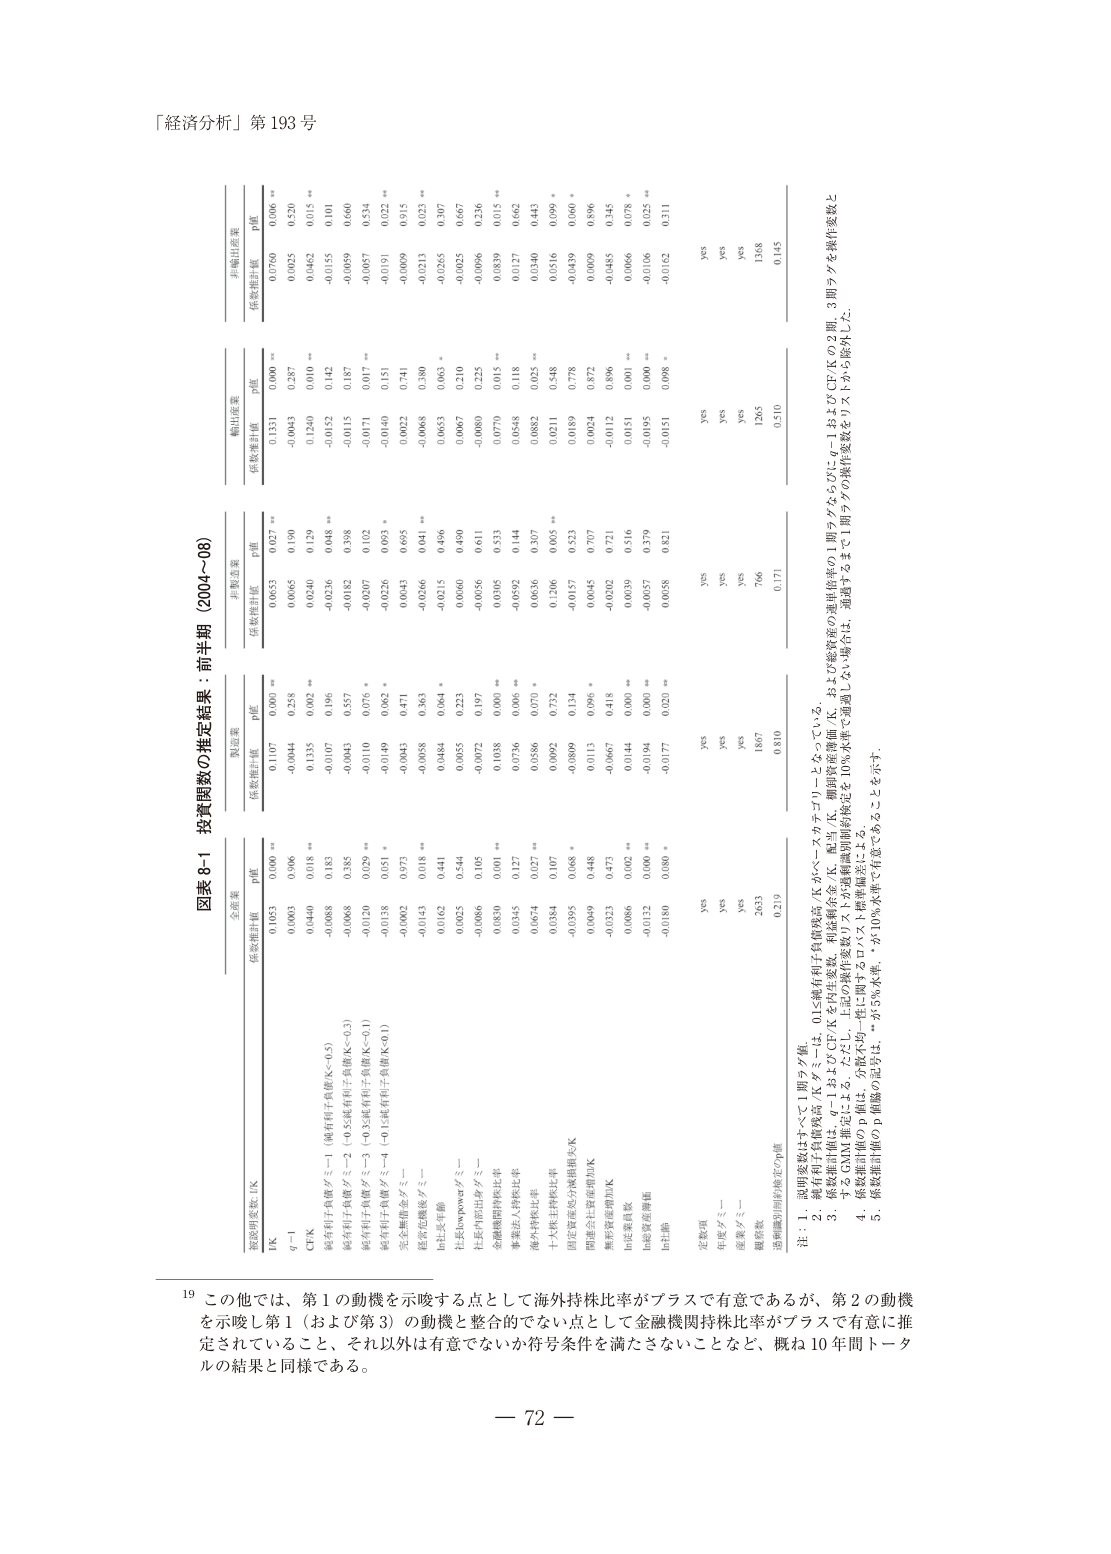
「経済分析」第 193 号

図表 8-1 投資関数の推定結果：前半期（2004～08）

被説明変数：IK

全産業
製造業
非製造業
輸出産業
非輸出産業

係数推計値 p値
係数推計値 p値
係数推計値 p値
係数推計値 p値
係数推計値 p値

IK
0.1053 0.000 **
0.1107 0.000 **
0.0653 0.027 **
0.1331 0.000 **
0.0760 0.000 **

q－1
0.0003 0.906
-0.0044 0.258
0.0065 0.190
-0.0043 0.287
0.0025 0.520

CFK
0.0440 0.018 **
0.1335 0.002 **
0.0240 0.129
0.1240 0.010
0.0462 0.015 **

純有利子負債ダミー1（純有利子負債/K<0.5）
-0.0088 0.183
-0.0107 0.196
-0.0236 0.048 **
-0.0152 0.142
-0.0155 0.101

純有利子負債ダミー2（-0.5≦純有利子負債/K<0.5）
-0.0968 0.385
-0.0043 0.557
-0.0182 0.398
-0.0115 0.187
-0.0059 0.660

純有利子負債ダミー3（-0.5≦純有利子負債/K<0.1）
-0.0120 0.029 **
-0.0110 0.076 *
-0.0207 0.102
-0.0171 0.017 **
-0.0057 0.534

純有利子負債ダミー4（-0.1≦純有利子負債/K<0.1）
-0.0138 0.051 *
-0.0149 0.062 *
-0.0226 0.093 *
-0.0140 0.151
-0.0191 0.022 **

完全無借金ダミー
-0.0002 0.973
-0.0043 0.471
0.0043 0.695
0.0022 0.741
-0.0009 0.915

経営危機後ダミー
-0.0143 0.018 **
-0.0058 0.363
-0.0266 0.041 **
-0.0068 0.380
-0.0213 0.023 **

ln社長年齢
0.0162 0.441
0.0484 0.064 *
-0.0215 0.496
0.0653 0.063
-0.0265 0.307

社長Empowerダミー
0.0025 0.544
0.0055 0.223
0.0060 0.490
0.0067 0.210
-0.0025 0.667

社長内部出身ダミー
-0.0086 0.105
-0.0072 0.197
-0.0056 0.611
-0.0080 0.225
-0.0096 0.236

金融機関持株比率
0.0830 0.001 **
0.1038 0.000 **
0.0305 0.533
0.0770 0.015 **
0.0839 0.015 **

事業法人持株比率
0.0345 0.127
0.0736 0.006 **
-0.0592 0.144
0.0548 0.118
0.0127 0.662

海外持株比率
0.0674 0.027 **
0.0586 0.070 *
0.0636 0.307
0.0882 0.025 **
0.0340 0.443

十カ県主幹地比率
0.0384 0.107
0.0902 0.732
0.1206 0.005 **
0.0211 0.548
0.0516 0.090 *

固定資産比分摊増加/K
-0.0995 0.668 *
-0.0809 0.134
-0.0157 0.523
0.0189 0.778
-0.0439 0.060 *

間接会社資産増加/K
0.0049 0.448
0.0113 0.096 *
0.0045 0.707
0.0024 0.872
0.0009 0.896

無形資産増加/K
-0.0323 0.473
-0.0667 0.418
-0.0202 0.721
-0.0112 0.896
-0.0485 0.345

ln従業員数
0.0886 0.002 **
0.0144 0.000 **
0.0039 0.516
0.0151 0.001 **
0.0066 0.078 *

ln総資産価値
-0.0132 0.000 **
-0.0194 0.000 **
-0.0057 0.379
-0.0195 0.000 **
-0.0106 0.025 **

ln社債
-0.0180 0.080 *
-0.0177 0.020 *
0.0058 0.821
-0.0151 0.098 *
-0.0162 0.311

定数項
yes
yes
yes
yes
yes

年度ダミー
yes
yes
yes
yes
yes

産業ダミー
yes
yes
yes
yes
yes

観測数
2633
1867
766
1265
1368

過剰識別制約検定のp値
0.219
0.810
0.171
0.510
0.145

注：1．説明変数はすべて1期ラグ値。
2．純有利子負債残高/Kダミーは、0.1≦純有利子負債残高/Kがベースカテゴリーとなっている。
3．係数推計値は、q－1およびCFKを内生変数、利益率利子率/K、配当/K、機関投資家価/K、および総資産の連鎖倍率の1期ラグならびにq－1およびCFKの2期、3期ラグを操作変数とするGMM推定による。ただし、上記の操作変数リストが過剰識別制約検定を10％水準で満足しない場合は、通過するまで1期ラグの操作変数をリストから除外した。
4．係数推計値のP値は、分散不均一性に関するロバスト標準偏差による。
5．係数推計値のP値の記号は、*が5％水準、**が10％水準で有意ことを示す。

19 この他では、第1の動機を示唆する点として海外持株比率がプラスで有意であるが、第2の動機を示唆し第1（および第3）の動機と整合的でない点として金融機関持株比率がプラスで有意に推定されていること、それ以外は有意でないか符号条件を満たさないことなど、概ね10年間トータルの結果と同様である。

— 72 —